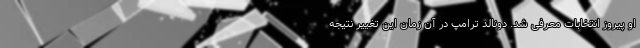
او پیروز انتخابات معرفی شد. دونالد ترامپ در آن زمان این تغییر نتیجه